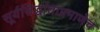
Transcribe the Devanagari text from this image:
सूर्यसिद्धांताप्रमाणेच